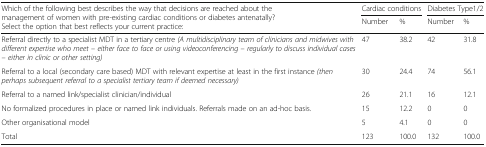
<table><thead><tr><td rowspan="2"><b>Which of the following best describes the way that decisions are reached about the management of women with pre-existing cardiac conditions or diabetes antenatally?Select the option that best reflects your current practice:</b></td><td colspan="2"><b>Cardiac conditions</b></td><td colspan="2"><b>Diabetes Type1/2</b></td></tr><tr><td><b>Number</b></td><td><b>%</b></td><td><b>Number</b></td><td><b>%</b></td></tr></thead><tbody><tr><td>Referral directly to a specialist MDT in a tertiary centre <i>(A multidisciplinary team of clinicians and midwives with different expertise who meet – either face to face or using videoconferencing – regularly to discuss individual cases – either in clinic or other setting)</i></td><td>47</td><td>38.2</td><td>42</td><td>31.8</td></tr><tr><td>Referral to a local (secondary care based) MDT with relevant expertise at least in the first instance <i>(then perhaps subsequent referral to a specialist tertiary team if deemed necessary)</i></td><td>30</td><td>24.4</td><td>74</td><td>56.1</td></tr><tr><td>Referral to a named link/specialist clinician/individual</td><td>26</td><td>21.1</td><td>16</td><td>12.1</td></tr><tr><td>No formalized procedures in place or named link individuals. Referrals made on an ad-hoc basis.</td><td>15</td><td>12.2</td><td>0</td><td>0</td></tr><tr><td>Other organisational model</td><td>5</td><td>4.1</td><td>0</td><td>0</td></tr><tr><td>Total</td><td>123</td><td>100.0</td><td>132</td><td>100.0</td></tr></tbody></table>